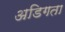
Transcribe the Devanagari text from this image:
अडिगता